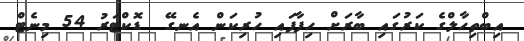
އިބްތިހާލްގެ ކަރުގައި ބާރަށް ހިފާފައި ހުރިކަން އެނގޭ  ޑޮކްޓަރު 54 މިނެޓް